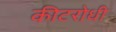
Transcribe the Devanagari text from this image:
कीटरोधी